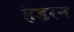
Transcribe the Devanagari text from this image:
हैडरन